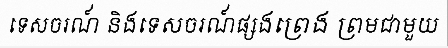
ទេសចរណ៍ និងទេសចរណ៍ផ្សងព្រេង ព្រមជាមួយ